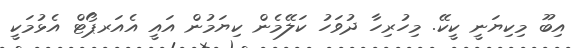
އިބޫ މިކިޔަނީ ކީކޭ. މިހުރިހާ ދުވަހު ކަލޭމެން ކިޔަމުން އައީ އެއަރޕޯޓް އެޅުމަކީ